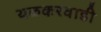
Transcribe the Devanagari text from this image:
थळकरवाडी